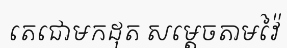
តេជោមកដុត សម្តេចតាមវ៉ៃ